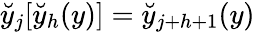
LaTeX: \breve{y}_{j}[\breve{y}_{h}(y)]=\breve{y}_{j+h+1}(y)